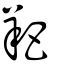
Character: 羓